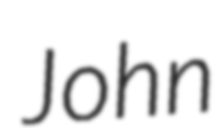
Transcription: John